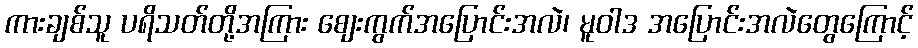
ကားချစ်သူ ပရိသတ်တို့အကြား စျေးကွက်အပြောင်းအလဲ၊ မူဝါဒ အပြောင်းအလဲတွေကြောင့်